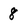
Character: 8